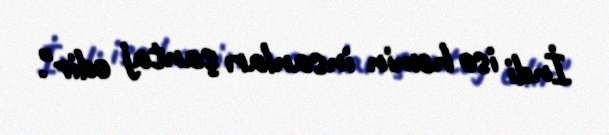
İndi isə həmin insanları şantaj edir".